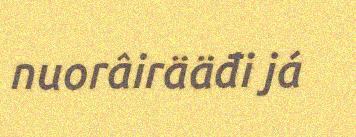
nuorâirääđi já